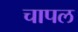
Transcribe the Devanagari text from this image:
चापल